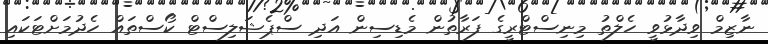
ނާޒިމް ވިދާޅުވީ ހެލްތު މިނިސްޓްރީގެ ފަރާތުން މެޑިސިން އަދި ސްޕެޝަލިސްޓް ކޯސްތައް ހެދުމަށްޓަކައި